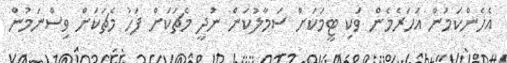
އެހެންކަމުން އަހަރެމެން ވަކި ޓީމަކަށް ސަމާލުކަން ނުދީ މެޗަކަށް ފަހު މެޗަކަށް ވިސްނަމުން